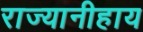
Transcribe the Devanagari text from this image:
राज्यानीहाय